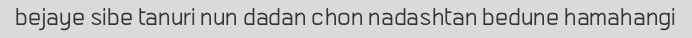
bejaye sibe tanuri nun dadan chon nadashtan bedune hamahangi